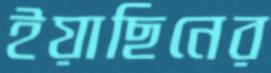
ইয়াছিনের